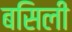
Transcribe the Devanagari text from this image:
बसिली